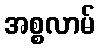
အစ္စလာမ်